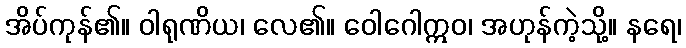
အိပ်ကုန်၏။ ဝါရုဏိယ၊ လေ၏။ ဝေါဂေါဣဝ၊ အဟုန်ကဲ့သို့။ နရေ၊